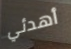
أهدئي